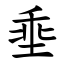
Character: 埀